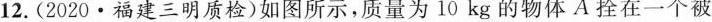
12. (2020·福建三明质检)如图所示，质量为10kg的物体A拴在一个被